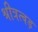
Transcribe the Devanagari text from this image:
श्रीत्रत्वड़